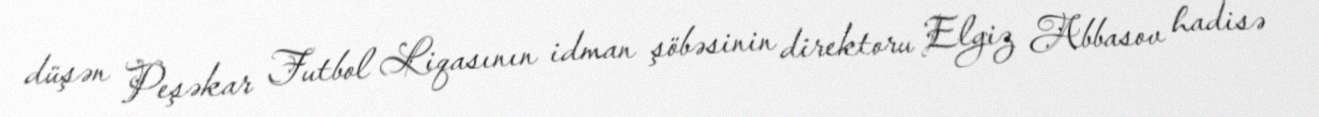
düşən Peşəkar Futbol Liqasının idman şöbəsinin direktoru Elgiz Abbasov hadisə